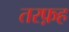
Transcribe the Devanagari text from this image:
तरफ़ह